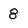
Character: 8